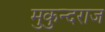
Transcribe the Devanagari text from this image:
मुकुन्दराज